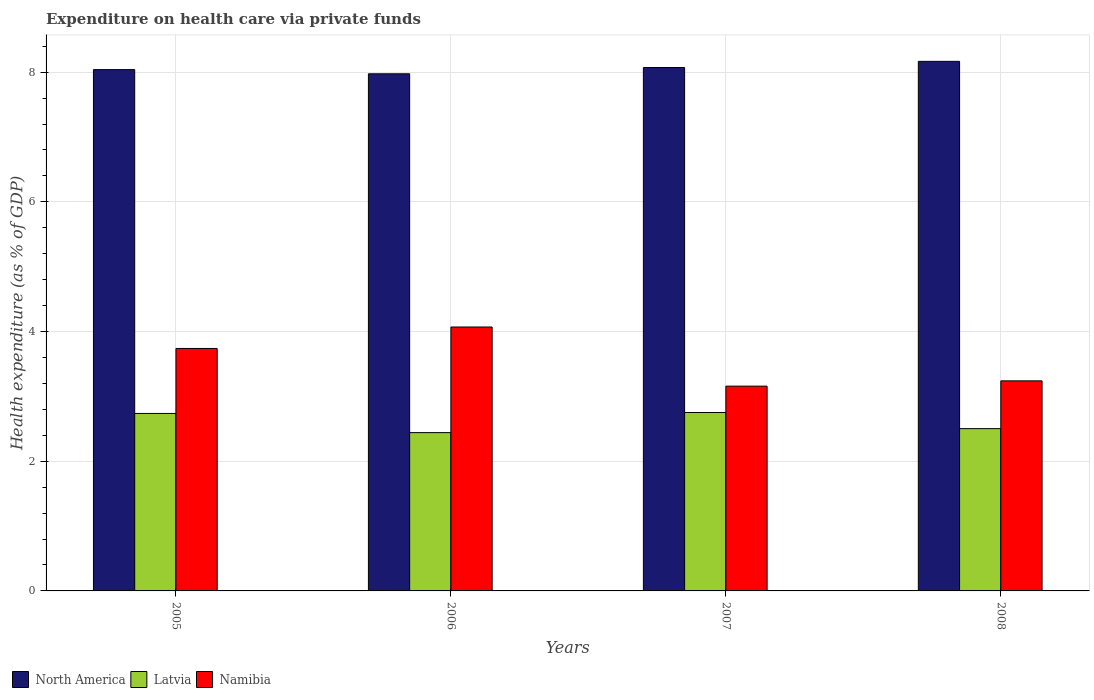
| Years | North America | Latvia | Namibia |
 | --- | --- | --- | --- |
 | 2005 | 8.04 | 2.74 | 3.74 |
 | 2006 | 7.98 | 2.44 | 4.07 |
 | 2007 | 8.07 | 2.75 | 3.16 |
 | 2008 | 8.17 | 2.5 | 3.24 |